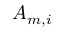
A _ { m , i }